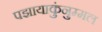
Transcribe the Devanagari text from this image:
पझायाकुंनुम्मल